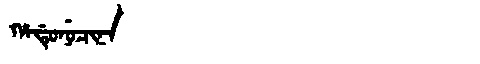
Manchu: ᡥᠠᡩᡠᠨᡠᠴᡳᠨᠠ
Romanization: HADUNUCINA